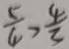
\frac { 5 } { 4 } > \frac { 4 } { 3 }